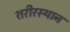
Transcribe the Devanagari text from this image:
शरीरस्थान